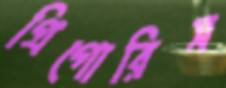
গ্রিগোরিস